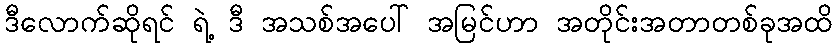
ဒီလောက်ဆိုရင် ရဲ့ ဒီ အသစ်အပေါ် အမြင်ဟာ အတိုင်းအတာတစ်ခုအထိ